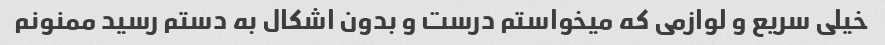
خیلی سریع و لوازمی که میخواستم درست و بدون اشکال به دستم رسید ممنونم